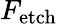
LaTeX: F_{\mathrm{etch}}